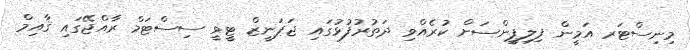
މިނިސްޓަރ އަމީން ފިލިޕީންސަށް ކުރެއްވި ދަތުރުފުޅުގައި ޖަޕަނީޒް ޓީވީ ސިސްޓަމް ރާއްޖޭގައި ޤާއިމް